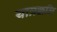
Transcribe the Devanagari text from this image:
यात्रक्कळि